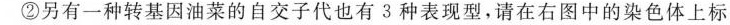
②另有一种转基因油菜的自交子代也有3种表现型，请在右图中的染色体上标